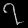
Digit: ၇